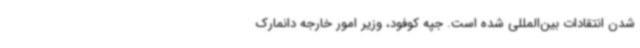
شدن انتقادات بین‌المللی شده است. جپه کوفود، وزیر امور خارجه دانمارک